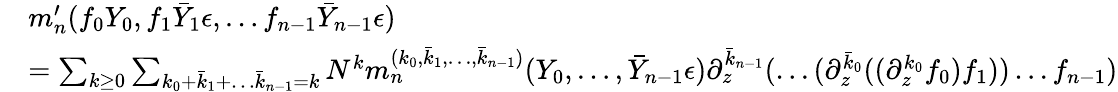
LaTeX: \begin{array}{rl}&{m_{n}^{\prime}(f_{0}Y_{0},f_{1}\bar{Y}_{1}\epsilon,\dots f_{n-1}\bar{Y}_{n-1}\epsilon)}\\ &{=\sum_{k\geq 0}\sum_{k_{0}+\bar{k}_{1}+\dots\bar{k}_{n-1}=k}N^{k}m_{n}^{(k_{0},\bar{k}_{1},\dots,\bar{k}_{n-1})}(Y_{0},\dots,\bar{Y}_{n-1}\epsilon)\partial_{z}^{\bar{k}_{n-1}}(\dots(\partial_{z}^{\bar{k}_{0}}((\partial_{z}^{k_{0}}f_{0})f_{1}))\dots f_{n-1})}\end{array}